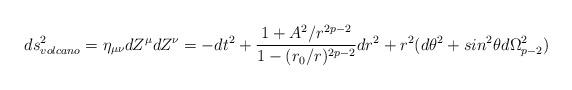
LaTeX: \begin{align*}ds^2_{volcano} = \eta_{\mu \nu} dZ^\mu dZ^\nu =-dt^2+\frac{1+A^2/r^{2p-2}}{1-(r_0/r)^{2p-2}} dr^2 + r^2(d\theta^2 + sin^2\theta d\Omega_{p-2}^2)\end{align*}